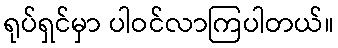
ရုပ်ရှင်မှာ ပါဝင်လာကြပါတယ်။